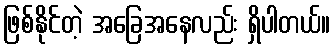
ဖြစ်နိုင်တဲ့ အခြေအနေလည်း ရှိပါတယ်။